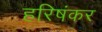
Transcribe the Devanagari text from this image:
हरिषंकर